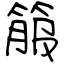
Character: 箙